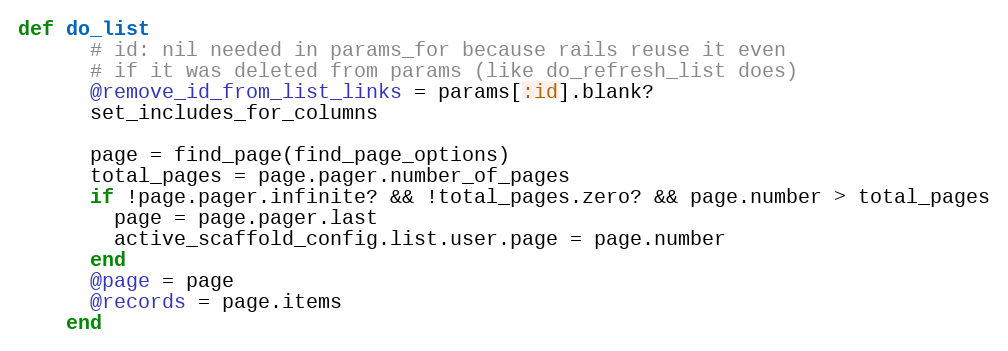
Language: Ruby
def do_list
      # id: nil needed in params_for because rails reuse it even
      # if it was deleted from params (like do_refresh_list does)
      @remove_id_from_list_links = params[:id].blank?
      set_includes_for_columns

      page = find_page(find_page_options)
      total_pages = page.pager.number_of_pages
      if !page.pager.infinite? && !total_pages.zero? && page.number > total_pages
        page = page.pager.last
        active_scaffold_config.list.user.page = page.number
      end
      @page = page
      @records = page.items
    end